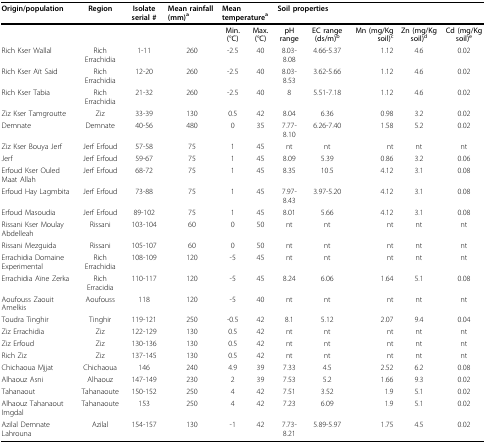
<table><thead><tr><td><b>Origin/population</b></td><td><b>Region</b></td><td><b>Isolate serial #</b></td><td><b>Mean rainfall (mm)<sup>a</sup></b></td><td colspan="2"><b>Mean temperature<sup>a</sup></b></td><td colspan="5"><b>Soil properties</b></td></tr><tr><td></td><td></td><td></td><td></td><td><b>Min. (°C)</b></td><td><b>Max. (°C)</b></td><td><b>pH range</b></td><td><b>EC range (ds/m)<sup>b</sup></b></td><td><b>Mn (mg/Kg soil)<sup>c</sup></b></td><td><b>Zn (mg/Kg soil)<sup>d</sup></b></td><td><b>Cd (mg/Kg soil)<sup>e</sup></b></td></tr></thead><tbody><tr><td>Rich Kser Wallal</td><td>Rich Errachidia</td><td>1-11</td><td>260</td><td>-2.5</td><td>40</td><td>8.03-8.08</td><td>4.66-5.37</td><td>1.12</td><td>4.6</td><td>0.02</td></tr><tr><td>Rich Kser Aït Said</td><td>Rich Errachidia</td><td>12-20</td><td>260</td><td>-2.5</td><td>40</td><td>8.03-8.53</td><td>3.62-5.66</td><td>1.12</td><td>4.6</td><td>0.02</td></tr><tr><td>Rich Kser Tabia</td><td>Rich Errachidia</td><td>21-32</td><td>260</td><td>-2.5</td><td>40</td><td>8</td><td>5.51-7.18</td><td>1.12</td><td>4.6</td><td>0.02</td></tr><tr><td>Ziz Kser Tamgroutte</td><td>Ziz</td><td>33-39</td><td>130</td><td>0.5</td><td>42</td><td>8.04</td><td>6.36</td><td>0.98</td><td>3.2</td><td>0.02</td></tr><tr><td>Demnate</td><td>Demnate</td><td>40-56</td><td>480</td><td>0</td><td>35</td><td>7.77-8.10</td><td>6.26-7.40</td><td>1.58</td><td>5.2</td><td>0.02</td></tr><tr><td>Ziz Kser Bouya Jerf</td><td>Jerf Erfoud</td><td>57-58</td><td>75</td><td>1</td><td>45</td><td>nt</td><td>nt</td><td>nt</td><td>nt</td><td>nt</td></tr><tr><td>Jerf</td><td>Jerf Erfoud</td><td>59-67</td><td>75</td><td>1</td><td>45</td><td>8.09</td><td>5.39</td><td>0.86</td><td>3.2</td><td>0.06</td></tr><tr><td>Erfoud Kser Ouled Maat Allah</td><td>Jerf Erfoud</td><td>68-72</td><td>75</td><td>1</td><td>45</td><td>8.35</td><td>10.5</td><td>4.12</td><td>3.1</td><td>0.08</td></tr><tr><td>Erfoud Hay Lagmbita</td><td>Jerf Erfoud</td><td>73-88</td><td>75</td><td>1</td><td>45</td><td>7.97-8.43</td><td>3.97-5.20</td><td>4.12</td><td>3.1</td><td>0.08</td></tr><tr><td>Erfoud Masoudia</td><td>Jerf Erfoud</td><td>89-102</td><td>75</td><td>1</td><td>45</td><td>8.01</td><td>5.66</td><td>4.12</td><td>3.1</td><td>0.08</td></tr><tr><td>Rissani Kser Moulay Abdelleah</td><td>Rissani</td><td>103-104</td><td>60</td><td>0</td><td>50</td><td>nt</td><td>nt</td><td>nt</td><td>nt</td><td>nt</td></tr><tr><td>Rissani Mezguida</td><td>Rissani</td><td>105-107</td><td>60</td><td>0</td><td>50</td><td>nt</td><td>nt</td><td>nt</td><td>nt</td><td>nt</td></tr><tr><td>Errachidia Domaine Experimental</td><td>Rich Errachidia</td><td>108-109</td><td>120</td><td>-5</td><td>45</td><td>nt</td><td>nt</td><td>nt</td><td>nt</td><td>nt</td></tr><tr><td>Errachidia Aïne Zerka</td><td>Rich Erracidia</td><td>110-117</td><td>120</td><td>-5</td><td>45</td><td>8.24</td><td>6.06</td><td>1.64</td><td>5.1</td><td>0.08</td></tr><tr><td>Aoufouss Zaouit Amelkis</td><td>Aoufouss</td><td>118</td><td>120</td><td>-5</td><td>40</td><td>nt</td><td>nt</td><td>nt</td><td>nt</td><td>nt</td></tr><tr><td>Toudra Tinghir</td><td>Tinghir</td><td>119-121</td><td>250</td><td>-0.5</td><td>42</td><td>8.1</td><td>5.12</td><td>2.07</td><td>9.4</td><td>0.04</td></tr><tr><td>Ziz Errachidia</td><td>Ziz</td><td>122-129</td><td>130</td><td>0.5</td><td>42</td><td>nt</td><td>nt</td><td>nt</td><td>nt</td><td>nt</td></tr><tr><td>Ziz Erfoud</td><td>Ziz</td><td>130-136</td><td>130</td><td>0.5</td><td>42</td><td>nt</td><td>nt</td><td>nt</td><td>nt</td><td>nt</td></tr><tr><td>Rich Ziz</td><td>Ziz</td><td>137-145</td><td>130</td><td>0.5</td><td>42</td><td>nt</td><td>nt</td><td>nt</td><td>nt</td><td>nt</td></tr><tr><td>Chichaoua Mjjat</td><td>Chichaoua</td><td>146</td><td>240</td><td>4.9</td><td>39</td><td>7.33</td><td>4.5</td><td>2.52</td><td>6.2</td><td>0.08</td></tr><tr><td>Alhaouz Asni</td><td>Alhaouz</td><td>147-149</td><td>230</td><td>2</td><td>39</td><td>7.53</td><td>5.2</td><td>1.66</td><td>9.3</td><td>0.02</td></tr><tr><td>Tahanaout</td><td>Tahanaoute</td><td>150-152</td><td>250</td><td>4</td><td>42</td><td>7.51</td><td>3.52</td><td>1.9</td><td>5.1</td><td>0.02</td></tr><tr><td>Alhaouz Tahanaout Imgdal</td><td>Tahanaoute</td><td>153</td><td>250</td><td>4</td><td>42</td><td>7.23</td><td>6.09</td><td>1.9</td><td>5.1</td><td>0.02</td></tr><tr><td>Azilal Demnate Lahrouna</td><td>Azilal</td><td>154-157</td><td>130</td><td>-1</td><td>42</td><td>7.73-8.21</td><td>5.89-5.97</td><td>1.75</td><td>4.5</td><td>0.02</td></tr></tbody></table>